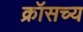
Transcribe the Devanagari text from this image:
क्रॉसच्य